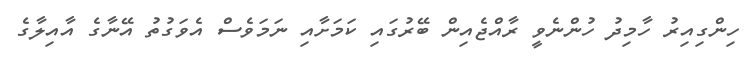
ހިންގިއިރު ހާމިދު ހުންނެވީ ރާއްޖެއިން ބޭރުގައި ކަމަށާއި ނަމަވެސް އެވަގުތު އޭނާގެ އާއިލާގެ